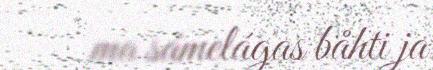
ma sámelágas båhti ja